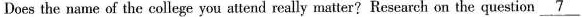
Does the name of the college you attend really matter? Research on the question \underline{7}